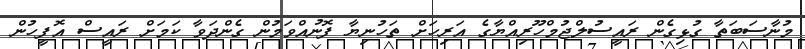
މުނާސަބަތާ ގުޅިގެން ރައީސުލްޖުމްހޫރިއްޔާގެ އަރިހަށް ތަހުނިޔާ ފޮނުއްވަމުން ގެންދަވާ ކަމަށް ރައީސް އޮފީހުން